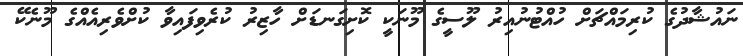
ނައުޝާދުގެ ކުރިމައްޗަށް ހުއްޓުނުއިރު ލޫސީގެ މޫނަކީ ކޮށިގަނޑަށް ހާޒިރު ކުރެވިފައިވާ ކުށްވެރިއެއްގެ މޫނެކޭ